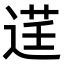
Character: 𫐬